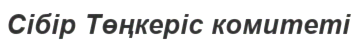
Сібір Төңкеріс комитеті